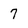
Character: 7